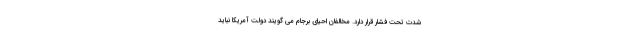
شدت تحت فشار قرار دارد. مخالفان احیای برجام می گویند دولت آمریکا نباید